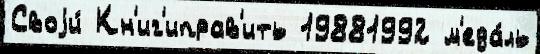
Своjи́ Кн'иг'иправ'ить 19881992 м'еда́ль